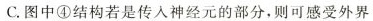
C.图中④结构若是传入神经元的部分，则可感受外界